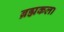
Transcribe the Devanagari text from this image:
ब्रह्मकला